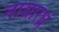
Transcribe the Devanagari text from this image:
नासारध्रं